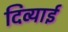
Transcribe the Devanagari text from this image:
दिव्याई